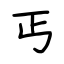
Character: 丐